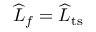
\widehat { L } _ { f } = \widehat { L } _ { \mathrm { t s } }